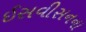
ઈસવીસનના